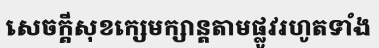
សេចក្តីសុខក្សេមក្សាន្តតាមផ្លូវរហូតទាំង